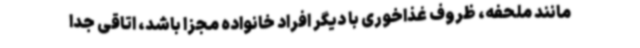
مانند ملحفه، ظروف غذاخوری با دیگر افراد خانواده مجزا باشد، اتاقی جدا